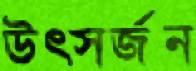
উত্সর্জন